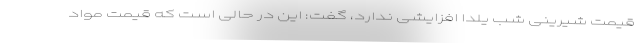
قیمت شیرینی شب یلدا افزایشی ندارد، گفت: این در حالی است که قیمت مواد